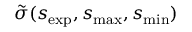
\tilde { \sigma } ( s _ { \mathrm { { e x p } } } , s _ { \operatorname* { m a x } } , s _ { \operatorname* { m i n } } )